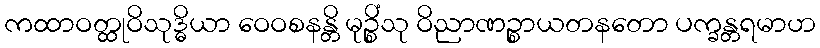
ကထာဝတ္ထုဝိသုဒ္ဓိယာ ဝေဝစနန္တိ မုဉ္စိံသု ဝိညာဏဉ္စာယတနတော ပက္ခန္တရမာဟ